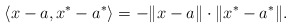
\begin{align*}\langle x-a, x^*-a^*\rangle=-\|x-a\|\cdot\|x^*-a^*\|.\end{align*}